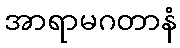
အာရာမဂတာနံ